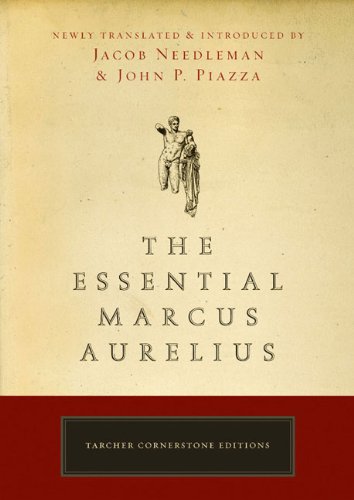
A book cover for The Essential Marcus Aurelius (Tarcher Cornerstone Editions); Jacob Needleman; Politics & Social Sciences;